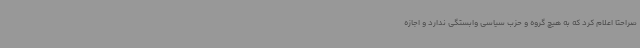
صراحتا اعلام کرد که به هیچ گروه و حزب سیاسی وابستگی ندارد و اجازه